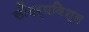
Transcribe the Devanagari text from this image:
सौंदर्यविश्व